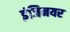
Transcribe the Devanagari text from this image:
इंजिनयर